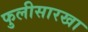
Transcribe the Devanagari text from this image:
फुलीसारखा